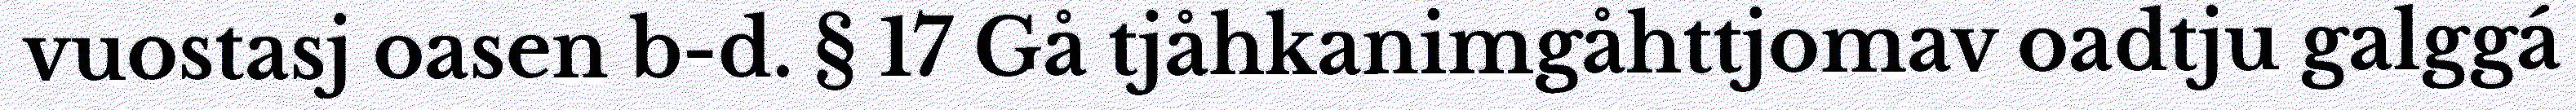
vuostasj oasen b-d. § 17 Gå tjåhkanimgåhttjomav oadtju galggá